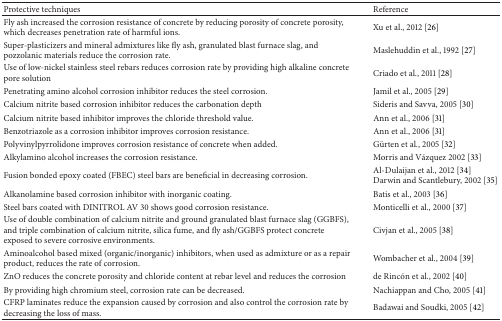
<table><thead><tr><td><b>Protective techniques</b></td><td><b>Reference</b></td></tr></thead><tbody><tr><td>Fly ash increased the corrosion resistance of concrete by reducing porosity of concrete porosity, which decreases penetration rate of harmful ions. </td><td>Xu et al., 2012 [26]</td></tr><tr><td>Super-plasticizers and mineral admixtures like fly ash, granulated blast furnace slag, and pozzolanic materials reduce the corrosion rate. </td><td>Maslehuddin et al., 1992 [27]</td></tr><tr><td>Use of low-nickel stainless steel rebars reduces corrosion rate by providing high alkaline concrete pore solution</td><td>Criado et al., 2011 [28]</td></tr><tr><td>Penetrating amino alcohol corrosion inhibitor reduces the steel corrosion.</td><td>Jamil et al., 2005 [29]</td></tr><tr><td>Calcium nitrite based corrosion inhibitor reduces the carbonation depth</td><td>Sideris and Savva, 2005 [30]</td></tr><tr><td> Calcium nitrite based inhibitor improves the chloride threshold value.</td><td>Ann et al., 2006 [31]</td></tr><tr><td>Benzotriazole as a corrosion inhibitor improves corrosion resistance.</td><td>Ann et al., 2006 [31] </td></tr><tr><td>Polyvinylpyrrolidone improves corrosion resistance of concrete when added.</td><td>Gürten et al., 2005 [32]</td></tr><tr><td>Alkylamino alcohol increases the corrosion resistance.</td><td>Morris and Vázquez 2002 [33]</td></tr><tr><td>Fusion bonded epoxy coated (FBEC) steel bars are beneficial in decreasing corrosion.</td><td>Al-Dulaijan et al., 2012 [34] Darwin and Scantlebury, 2002 [35]</td></tr><tr><td>Alkanolamine based corrosion inhibitor with inorganic coating.</td><td>Batis et al., 2003 [36]</td></tr><tr><td>Steel bars coated with DINITROL AV 30 shows good corrosion resistance. </td><td>Monticelli et al., 2000 [37]</td></tr><tr><td> Use of double combination of calcium nitrite and ground granulated blast furnace slag (GGBFS), and triple combination of calcium nitrite, silica fume, and fly ash/GGBFS protect concrete exposed to severe corrosive environments.</td><td>Civjan et al., 2005 [38]</td></tr><tr><td>Aminoalcohol based mixed (organic/inorganic) inhibitors, when used as admixture or as a repair product, reduces the rate of corrosion.</td><td>Wombacher et al., 2004 [39]</td></tr><tr><td>ZnO reduces the concrete porosity and chloride content at rebar level and reduces the corrosion</td><td>de Rincón et al., 2002 [40]</td></tr><tr><td>By providing high chromium steel, corrosion rate can be decreased.</td><td>Nachiappan and Cho, 2005 [41]</td></tr><tr><td>CFRP laminates reduce the expansion caused by corrosion and also control the corrosion rate by decreasing the loss of mass.</td><td>Badawai and Soudki, 2005 [42]</td></tr></tbody></table>